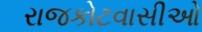
રાજકોટવાસીઓ